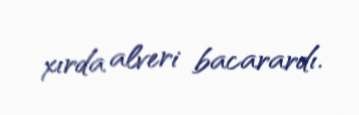
xırda alveri bacarardı.